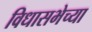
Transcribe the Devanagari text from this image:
विधासभेच्या